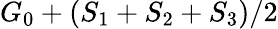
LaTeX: G_{0}+(S_{1}+S_{2}+S_{3})/2